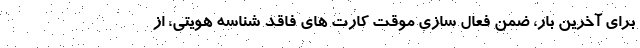
برای آخرین بار، ضمن فعال سازی موقت کارت های فاقد شناسه هویتی، از